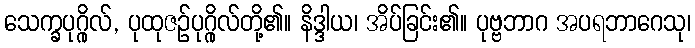
သေက္ခပုဂ္ဂိုလ်, ပုထုဇဉ်ပုဂ္ဂိုလ်တို့၏။ နိဒ္ဒါယ၊ အိပ်ခြင်း၏။ ပုဗ္ဗဘာဂ အပရဘာဂေသု၊